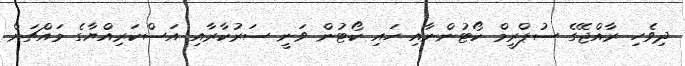
ދިވެހި ރާއްޖޭގެ ސުޕްރީމް ކޯޓުންނާއި ހައި ކޯޓުން ވަނީ ސަރުކާރާއި އަސްކަރިއްޔާގެ މައްޗަށް